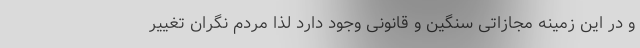
و در این زمینه مجازاتی سنگین و قانونی وجود دارد لذا مردم نگران تغییر